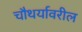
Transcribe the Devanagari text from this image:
चौथर्यावरील